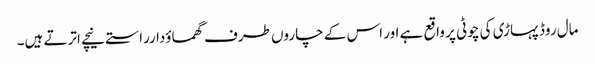
مال روڈ پہاڑی کی چوٹی پر واقع ہے اور اس کے چاروں طرف گھماوٴدارراستے نیچے اترتے ہیں۔